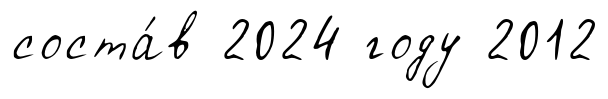
соста́в 2024 году 2012